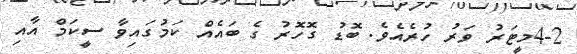
4-2މީޓަރު ވަރު ހުރެއެވެ. ބޮޑު ގޮހޮރު ގެ ބައެއް ކަމުގައިވާ ސީކަމް އާއި